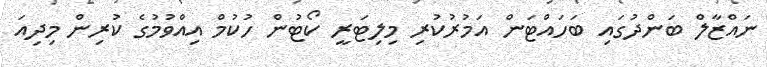
ނައްޒާލް ބަންދުގައި ބަހައްޓަން އަމުރުކުރި މިލިޓަރީ ކޯޓުން ހުކުމް އިއްވުމުގެ ކުރިން މިދިއަ